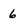
Character: 6